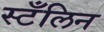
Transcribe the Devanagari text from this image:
स्टँलिन